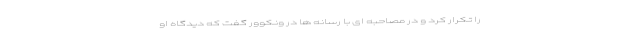
را تکرار کرد و در مصاحبه ای با رسانه ها در ونکوور گفت که دیدگاه او